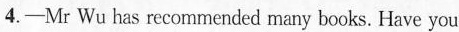
4.——Mr Wu has recommended many books. Have you